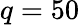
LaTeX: q=50